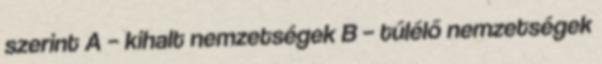
szerint A – kihalt nemzetségek B – túlélő nemzetségek